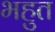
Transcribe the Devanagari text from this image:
भहुत